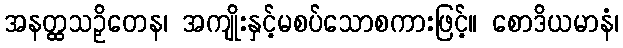
အနတ္ထသဉှိတေန၊ အကျိုးနှင့်မစပ်သောစကားဖြင့်။ စောဒိယမာနံ၊